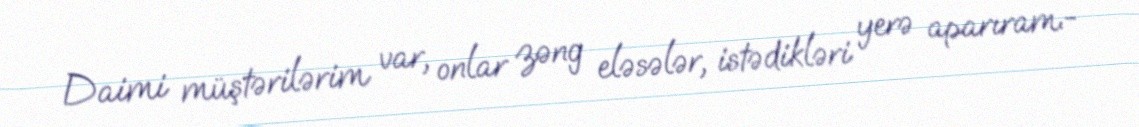
Daimi müştərilərim var, onlar zəng eləsələr, istədikləri yerə aparıram.-